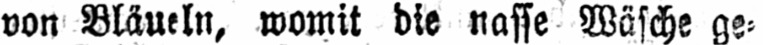
von Bläueln, womit die nasse Wäsche ge⸗